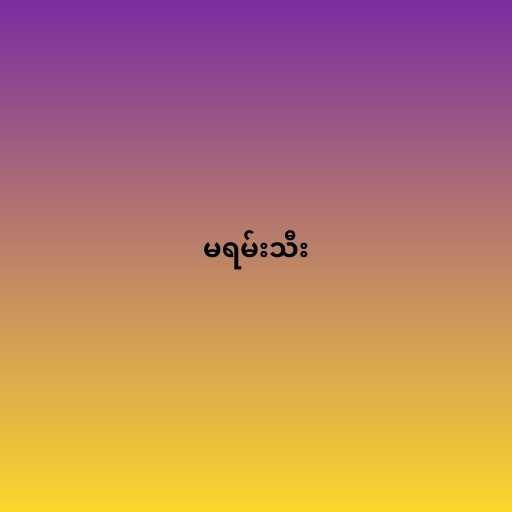
မရမ်းသီး